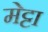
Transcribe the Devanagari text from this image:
मेट्टा